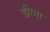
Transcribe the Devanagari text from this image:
डौग्मा